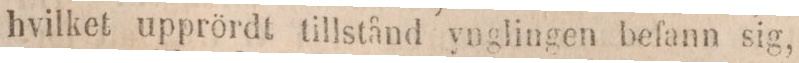
hvilket upprördt tillstånd ynglingen befann sig,